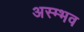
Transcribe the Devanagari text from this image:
अस्म्भव